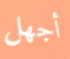
أجهل